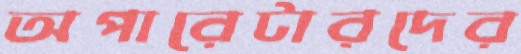
অপারেটারদের